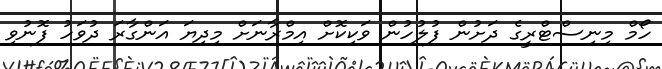
ހޯމް މިނިސްޓްރީގެ ދަށުން ފުލުހުން ވަކިކޮށް އިމްރާނަށް މިދިޔަ އަންގާރަ ދުވަހު ފޮނުވި